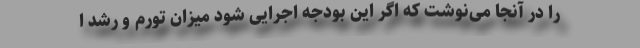
را در آنجا می‌نوشت که اگر این بودجه اجرایی شود میزان تورم و رشد ا